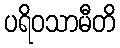
ပရိဝသာမီတိ